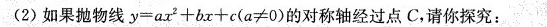
(2)如果抛物线$$y = a x ^ { 2 } + b x + c ( a ≠ 0 )$$的对称轴经过点C，请你探究：